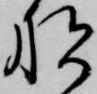
船